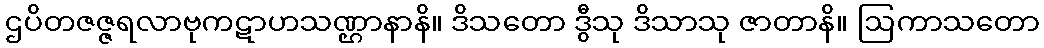
ဌပိတဇဇ္ဇရလာဗုကဋာဟသဏ္ဌာနာနိ။ ဒိသတော ဒွီသု ဒိသာသု ဇာတာနိ။ ဩကာသတော